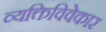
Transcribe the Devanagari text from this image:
व्यक्तिविवेकार